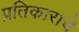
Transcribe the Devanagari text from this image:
प्रतिकाराचे